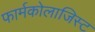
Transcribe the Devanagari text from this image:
फार्मकोलाजिस्ट